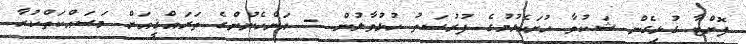
ފޮށްޓާ ގުޅިގެން ޝަކުވާ ހުށަހެޅުމުގެ ފުރުޞަތު ހުޅުވާލުން - އަންހެނުންގެ ތަރައްޤީއަށް މަސައްކަތްކުރާ